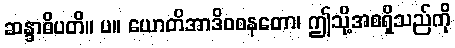
ဆန္ဒာဓိပတိ။ ပ။ ယောတိအာဒိဝစနတော၊ ဤသို့အစရှိသည်ကို